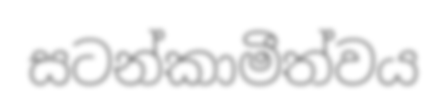
සටන්කාමීත්වය